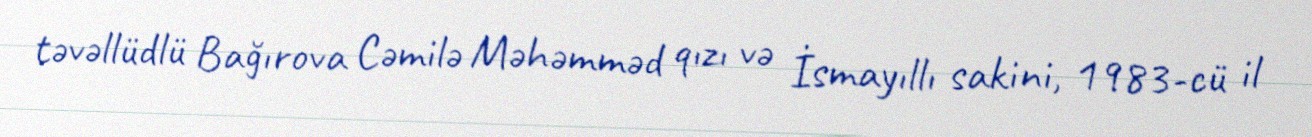
təvəllüdlü Bağırova Cəmilə Məhəmməd qızı və İsmayıllı sakini, 1983-cü il